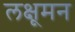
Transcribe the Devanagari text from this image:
लक्षूमन